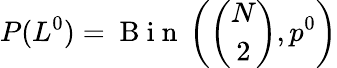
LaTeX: P(L^{0})=\mathrm{~B~i~n~}\left(\binom{N}{2},p^{0}\right)